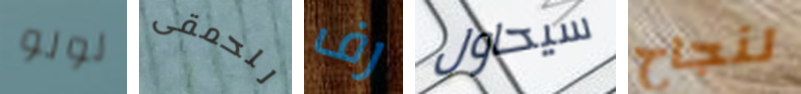
لولو للحمقى رف سيحاول لنجاح